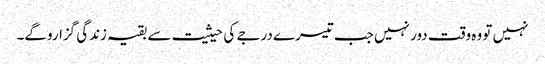
نہیں تو وہ وقت دور نہیں جب تیسرے درجے کی حیثیت سے بقیہ زندگی گزاروگے۔